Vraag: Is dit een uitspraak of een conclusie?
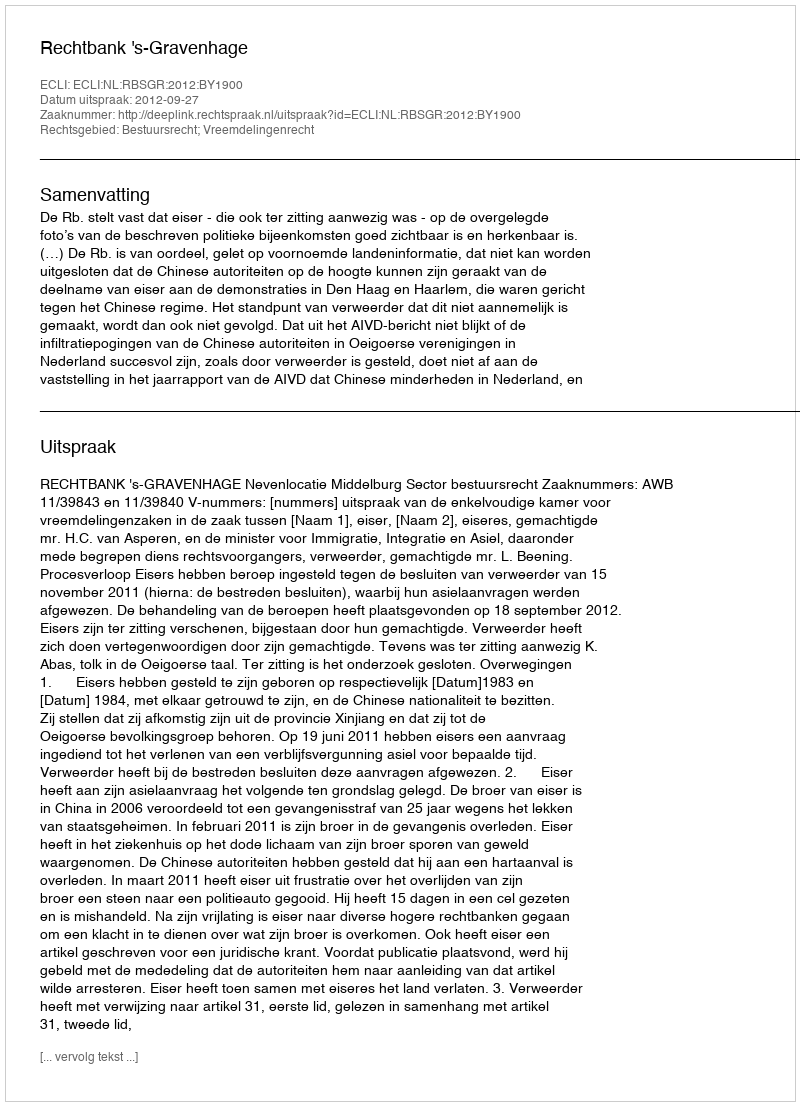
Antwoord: Uitspraak